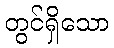
တွင်ရှိသော